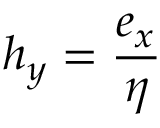
h _ { y } = { \frac { e _ { x } } { \eta } }